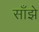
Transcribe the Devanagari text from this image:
साँझे